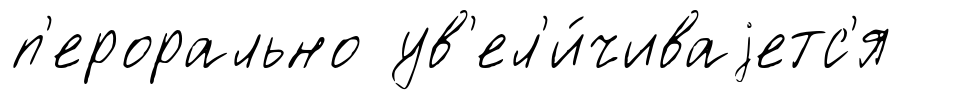
п'ерорально ув'ел'и́чиваjетс'я